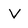
Character: v